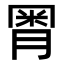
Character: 𣍸